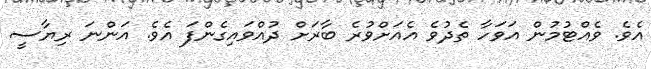
އެވެ. ވެއްޓުމުން އަވަހާ ތެދުވެ އެއަށްވުރެ ބާރަށް ދުއްވައިގެންފަ އެވެ. އަންނަ ރިޔާސީ